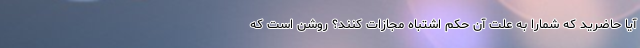
آیا حاضرید که شمارا به علت آن حکم اشتباه مجازات کنند؟ روشن است كه